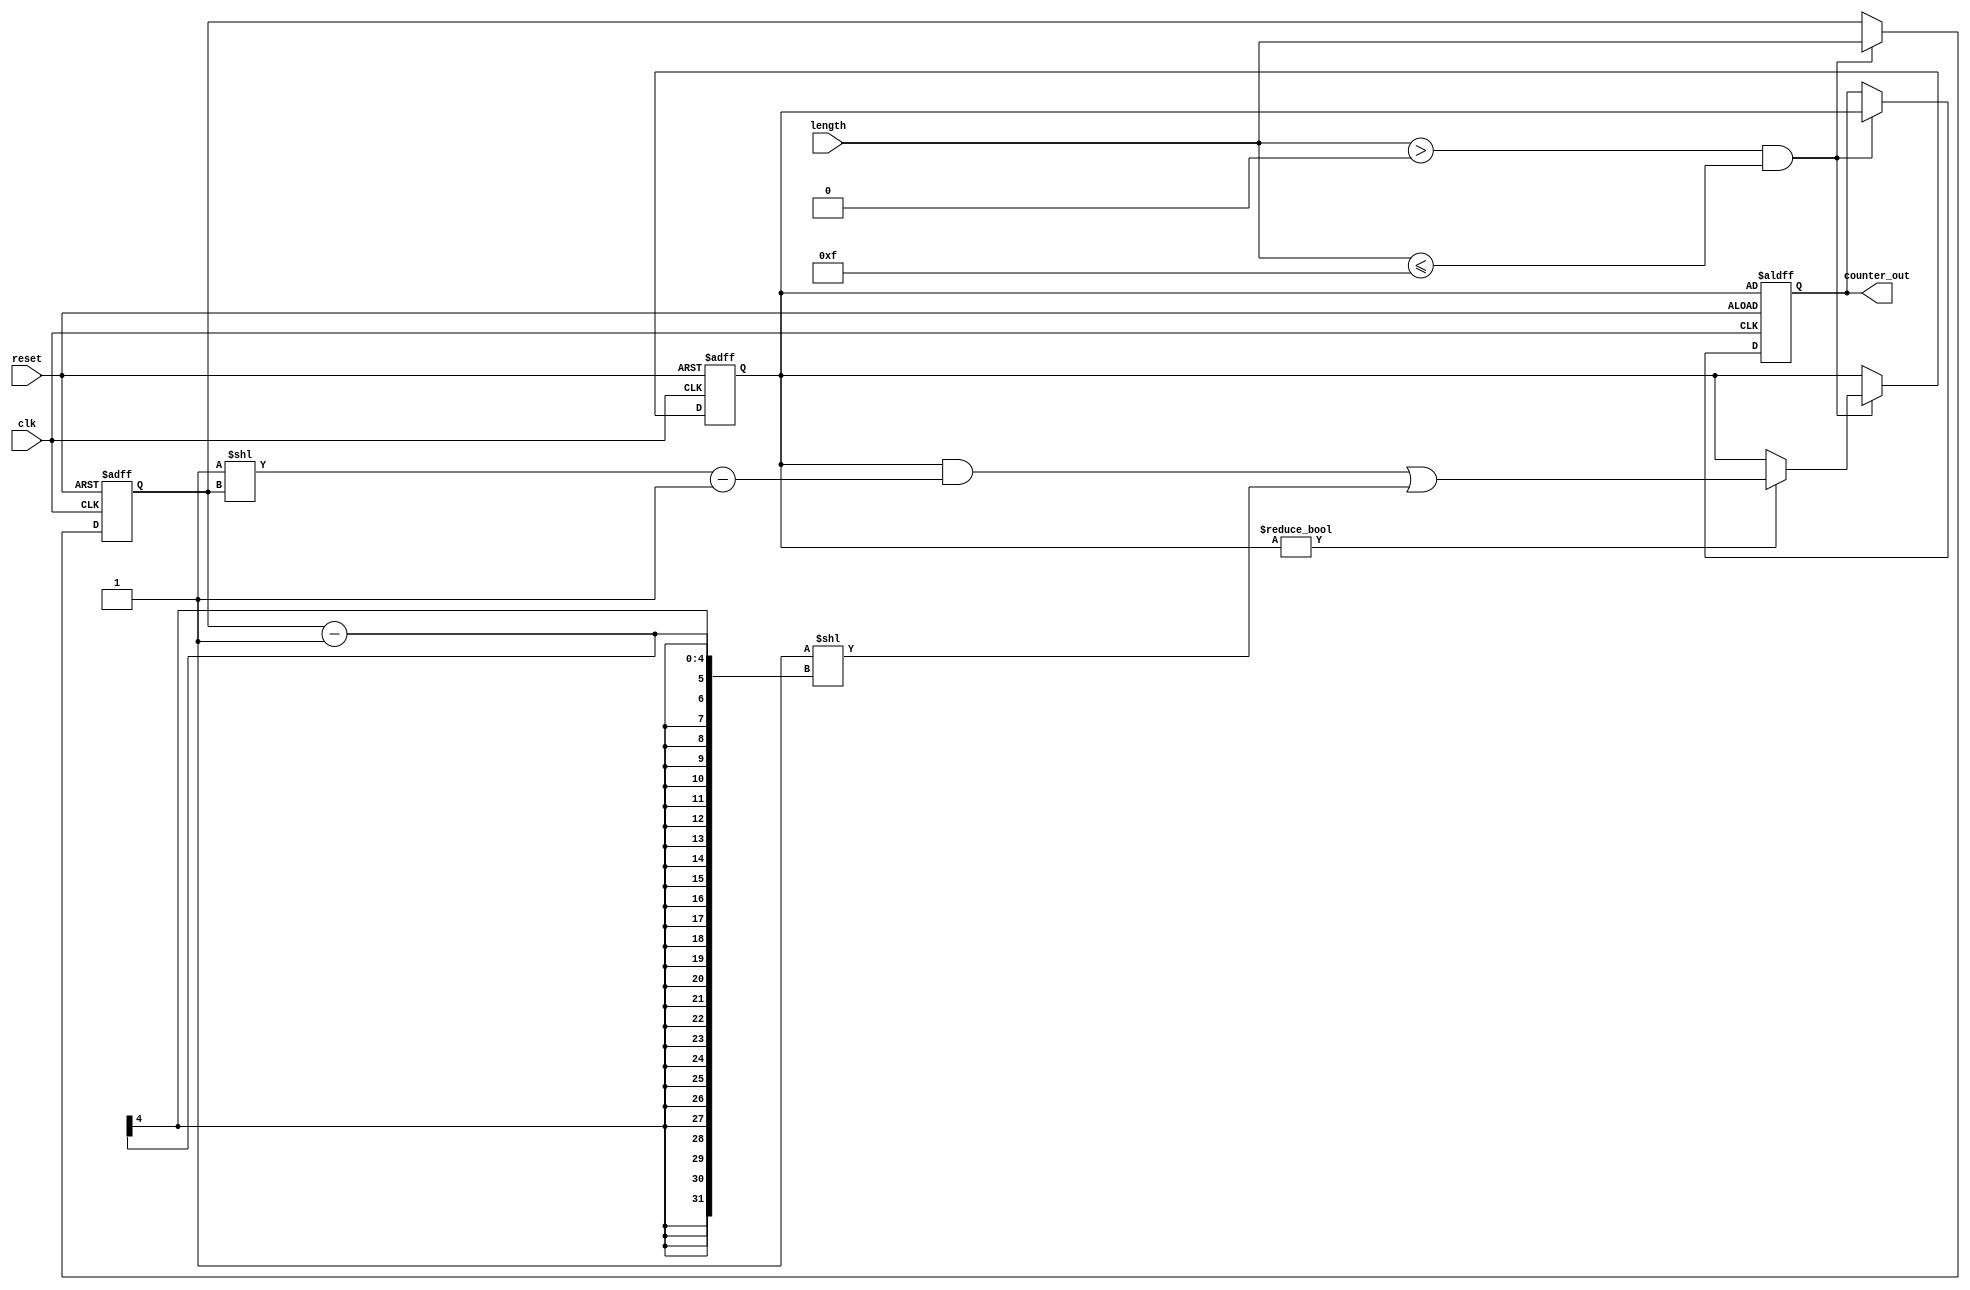
module variable_length_ring_counter (
    input wire clk,              // Clock input
    input wire reset,            // Asynchronous reset
    input wire [3:0] length,     // Control input for the number of flip-flops (max 15)
    output reg [15:0] counter_out // Output representing the state of the counter (up to 16 bits)
);

    // Internal variables
    reg [15:0] state;            // Internal state of the counter
    reg [3:0] current_length;    // Current length of the counter

    always @(posedge clk or posedge reset) begin
        if (reset) begin
            // Reset the counter to the initial state
            state <= 16'b0000000000000001; // First flip-flop set to '1'
            current_length <= 4'b0000;     // Reset length
            counter_out <= state;           // Output the initial state
        end else if (length > 0 && length <= 15) begin
            // Update the current length if within valid range
            current_length <= length;

            // Shift the state if the current length is valid
            if (state != 0) begin
                // Shift the active bit to the next position
                state <= (state << 1) | (state >> (16 - 1)); // Circular shift
                // Ensure only the first 'current_length' bits are active
                state <= (state & ((1 << current_length) - 1)) | (1 << (current_length - 1));
            end
            
            // Update the output
            counter_out <= state;
        end
    end

endmodule